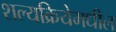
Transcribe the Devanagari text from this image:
शल्यक्रियेमधील